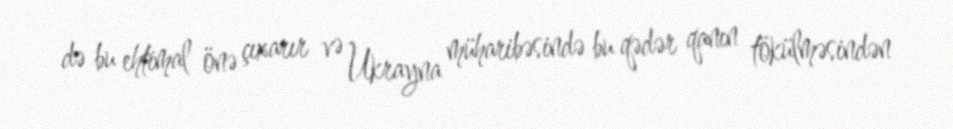
də bu ehtimal önə çıxarır və Ukrayna müharibəsində bu qədər qanın tökülməsindən